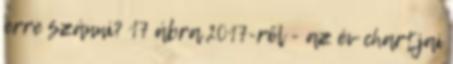
erre szánni? 17 ábra 2017-ről - az év chartjai